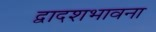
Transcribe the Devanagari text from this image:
द्वादशभावना